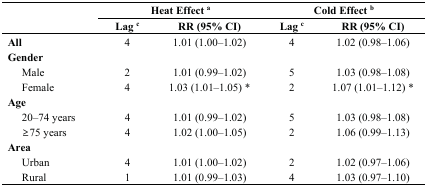
<table><thead><tr><td rowspan="2"></td><td colspan="2"><b>Heat Effect <sup>a</sup></b></td><td colspan="2"><b>Cold Effect <sup>b</sup></b></td></tr><tr><td><b>Lag <sup>c</sup></b></td><td><b>RR (95% CI)</b></td><td><b>Lag <sup>c</sup></b></td><td><b>RR (95% CI)</b></td></tr></thead><tbody><tr><td><b>All</b></td><td>4</td><td>1.01 (1.00–1.02)</td><td>4</td><td>1.02 (0.98–1.06)</td></tr><tr><td colspan="3"><b>Gender</b></td><td colspan="2"></td></tr><tr><td> Male</td><td>2</td><td>1.01 (0.99–1.02)</td><td>5</td><td>1.03 (0.98–1.08)</td></tr><tr><td> Female</td><td>4</td><td>1.03 (1.01–1.05) *</td><td>2</td><td>1.07 (1.01–1.12) *</td></tr><tr><td colspan="3"><b>Age</b></td><td colspan="2"></td></tr><tr><td> 20–74 years</td><td>4</td><td>1.01 (0.99–1.02)</td><td>5</td><td>1.03 (0.98–1.08)</td></tr><tr><td> ≥75 years</td><td>4</td><td>1.02 (1.00–1.05)</td><td>2</td><td>1.06 (0.99–1.13)</td></tr><tr><td><b>Area</b></td><td></td><td></td><td></td><td></td></tr><tr><td> Urban</td><td>4</td><td>1.01 (1.00–1.02)</td><td>2</td><td>1.02 (0.97–1.06)</td></tr><tr><td> Rural</td><td>1</td><td>1.01 (0.99–1.03)</td><td>4</td><td>1.03 (0.97–1.10)</td></tr></tbody></table>